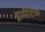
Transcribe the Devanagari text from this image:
ड्रामैटिक